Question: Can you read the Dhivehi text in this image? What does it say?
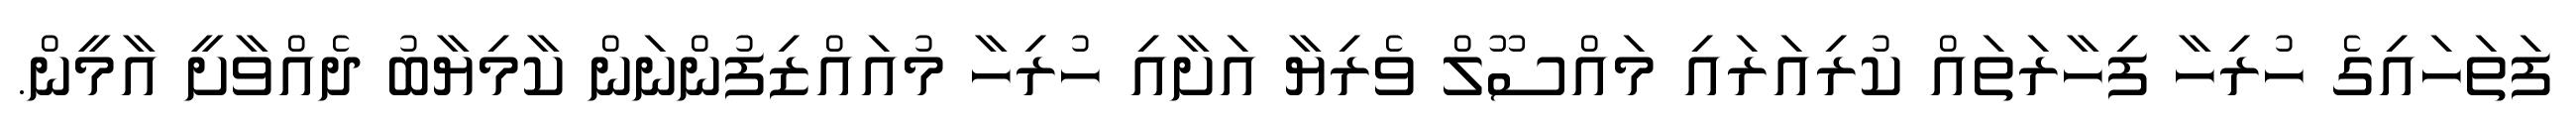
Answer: ފަތަހައިގެ ހުރިހާ ފިހާރަތައް ކުރިއަރައި މައްސޫލް ވެރިޔާ އަށާއި ހުރިހާ މުއައްޒިފުންނަން ކާމިޔާބު ދެއްވާށީ އާމީން.